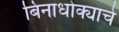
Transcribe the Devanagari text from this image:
बिनाधोक्याचे